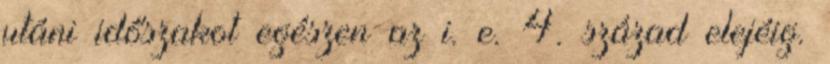
utáni időszakot egészen az i. e. 4. század elejéig.